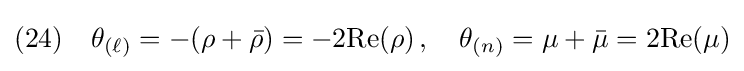
(24)\quad \theta _{(\ell )}=-(\rho +{\bar {\rho }})=-2{\text{Re}}(\rho )\,,\quad \theta _{(n)}=\mu +{\bar {\mu }}=2{\text{Re}}(\mu )